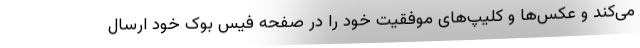
می‌کند و عکس‌ها و کلیپ‌های موفقیت خود را در صفحه فیس بوک خود ارسال